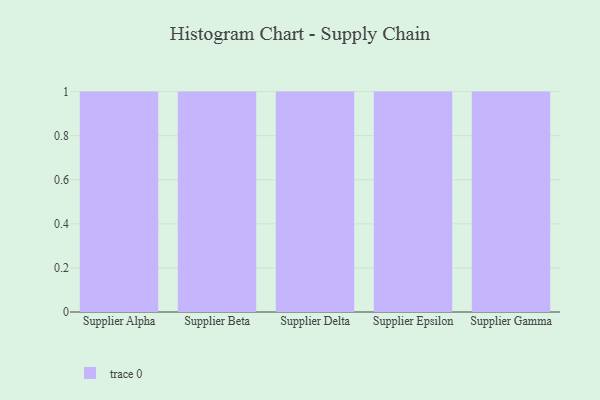
{"axis": {"x": "Supplier", "y": "Gross Profit (USD K)"}, "legend": [""], "data": [{"x": "Supplier Alpha", "y": 91, "type": ""}, {"x": "Supplier Beta", "y": 28, "type": ""}, {"x": "Supplier Delta", "y": 55, "type": ""}, {"x": "Supplier Epsilon", "y": 27, "type": ""}, {"x": "Supplier Gamma", "y": 14, "type": ""}]}